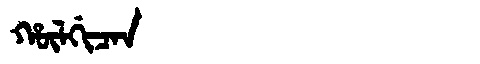
Manchu: ᡥᡡᠯᡤᡳᠴᠠᠨ
Romanization: HŪLGICAN